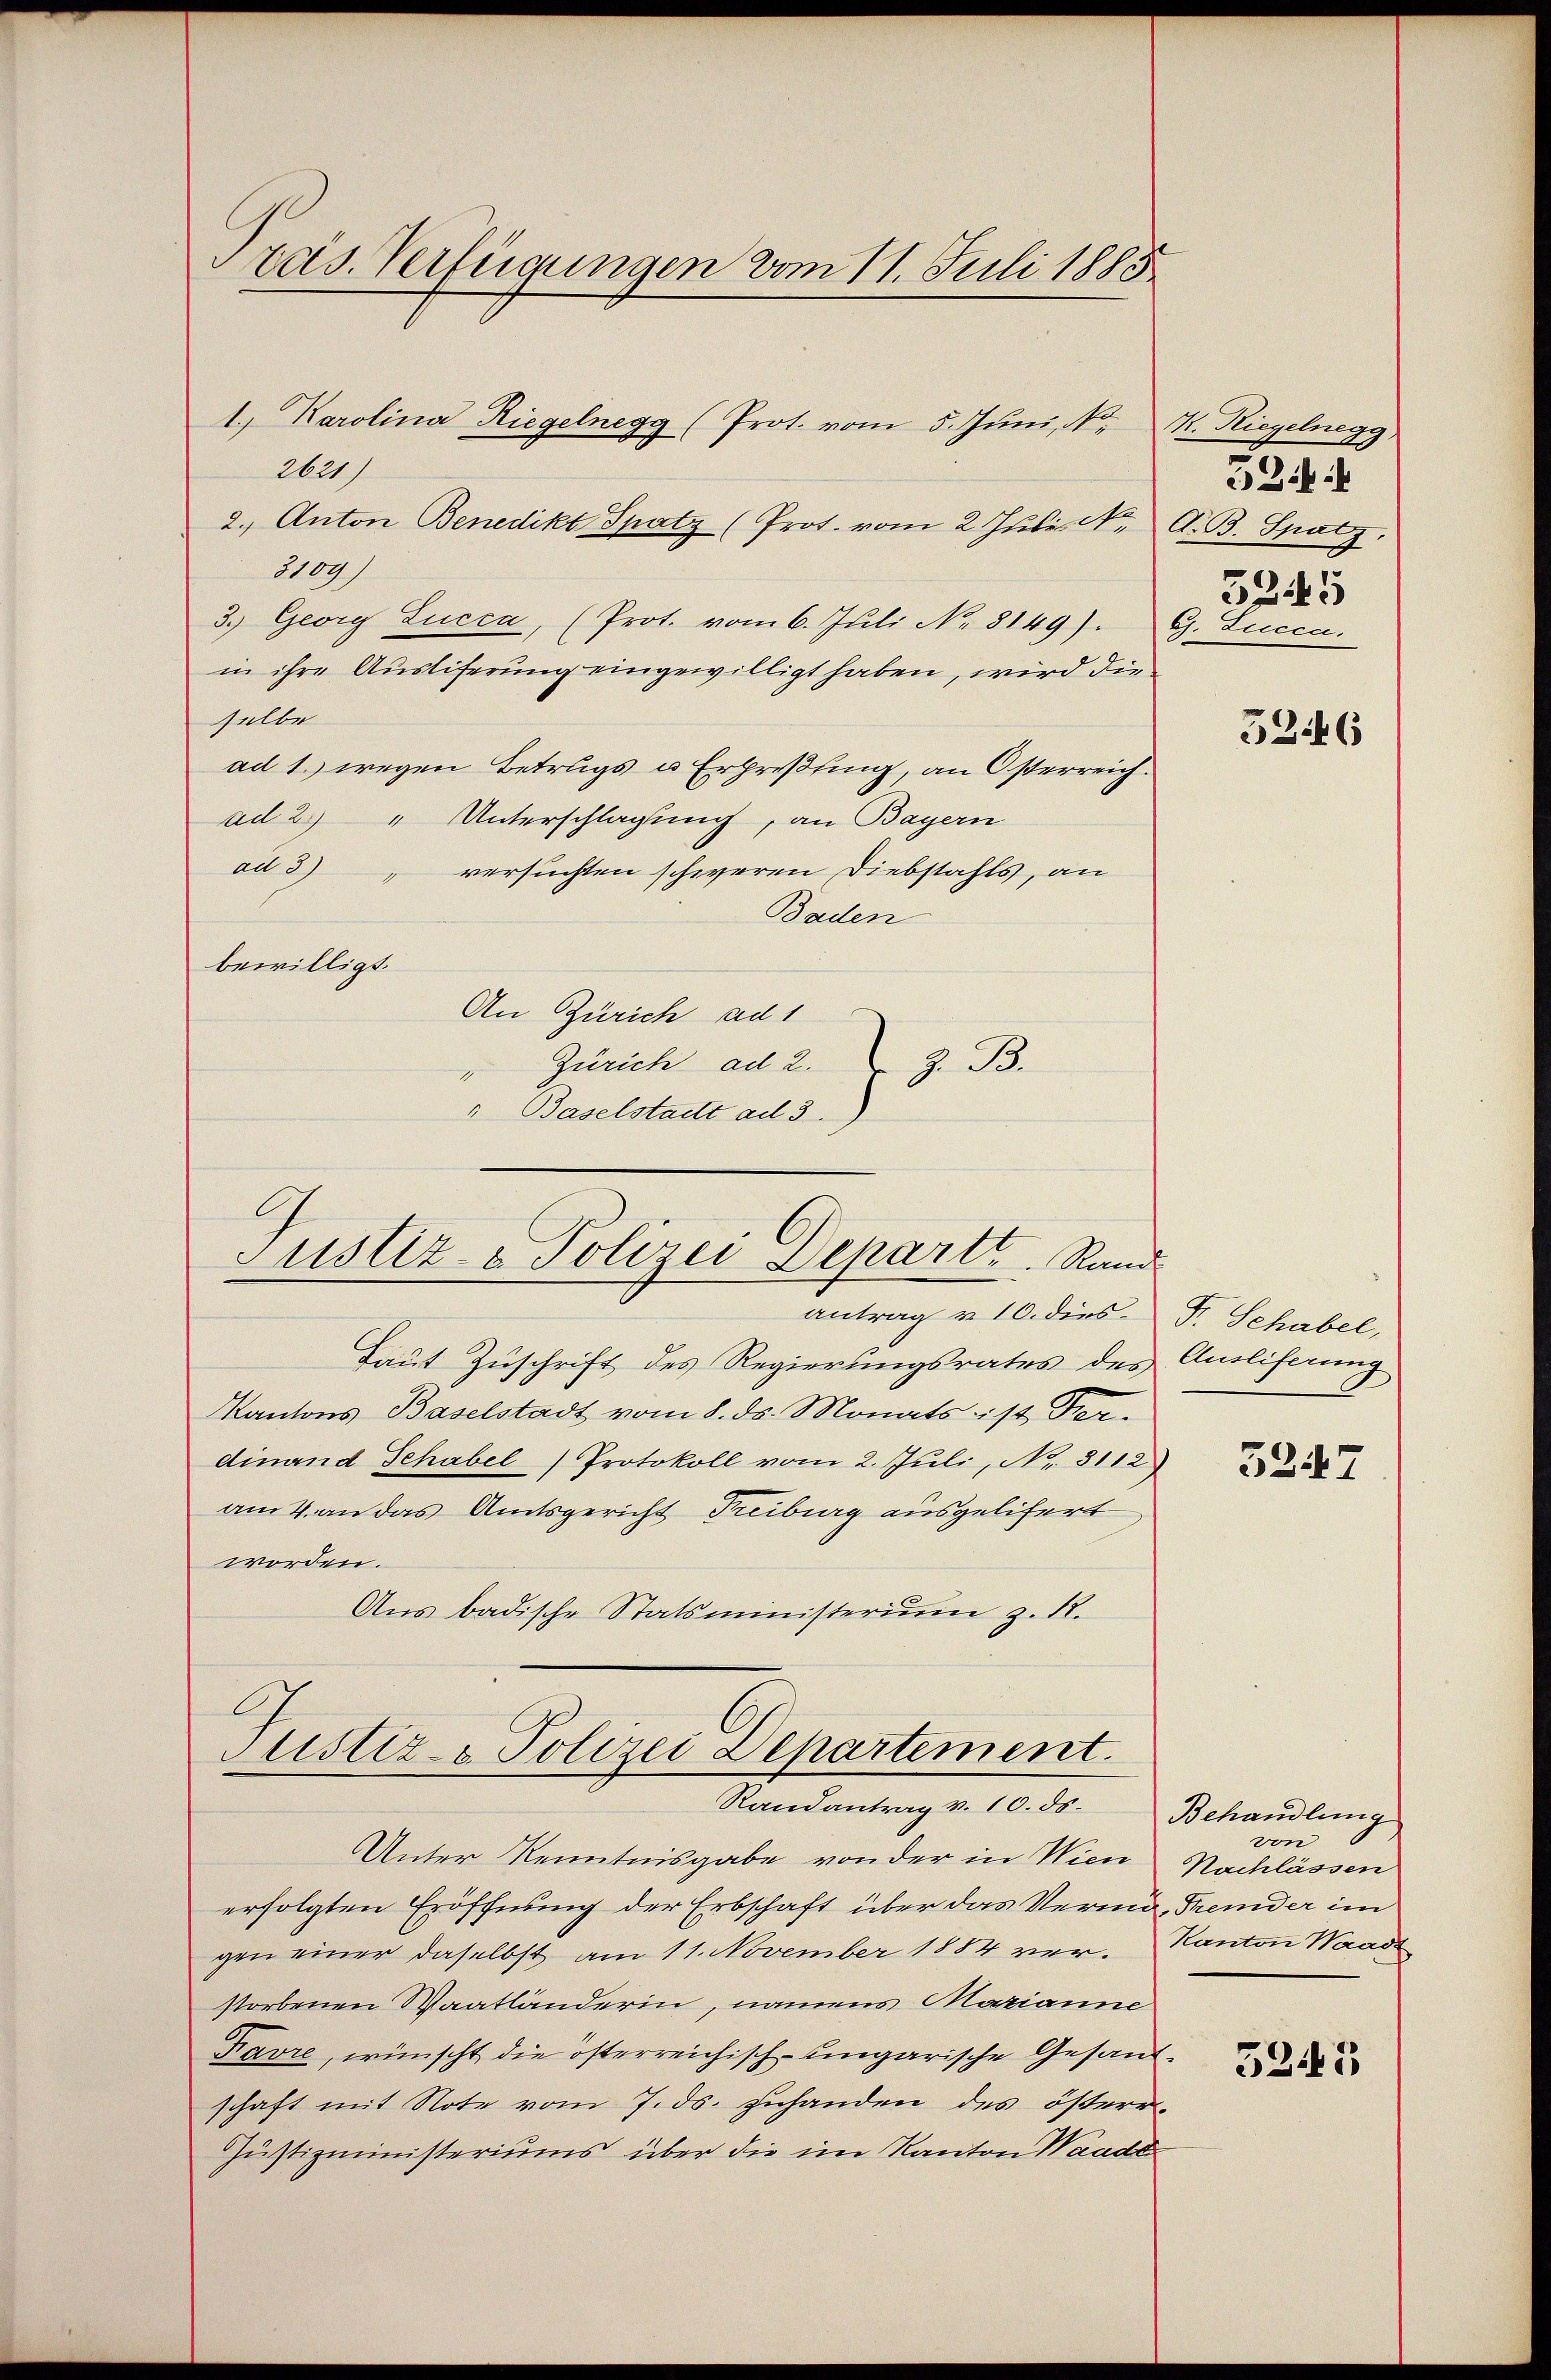
Präs. Verfügungen vom 11. Juli 1885

2621
2.) Anton Benedikt Spatz (Prot. vom 2. Juli K. A. B. Satz.
3109)
3.) Georg Lucca, (Prot. vom 6. Juli No 8149). G. Lucca.
in ihre Ausliferung eingewilligt haben, wird die
selbe
ad 1. wegen Betrugs u Erpreßung, an Osterreich.
ad 2.) " Unterschlagung, an Bayern
ad 3) versuchten schweren Diebstahls, an
Baden
bewilligt.
An Zürich ad 1
" Zürich ad 2. Z. B.
" Baselstadt ad 3.)

1) Karolina Riegelnegg (Prot. vom 5. Jŭni, N. N. Riegelnegg

Justiz- & Polizei Departe. Rand

Laut Zuschrift des Regierungsrates des Anliferung
Kantons Baselstadt vom 8. ds. Monats ist Ferdinand Schabel) Protokoll vom 2. Juli, No. 3112)
am 4. an das Amtsgericht Freiburg ausgelifert
worden.
Aus badische Statsministerium z. R.

Justiz- & Polizei Departement.
Randantrag v. 10. ds. Behandlung

antrag v. 10. dies Fr. Schabel,

Unter Kenntnisgabe von der in Wien
erfolgten Eröffnung der Erbschaft über das Verma, Fremder im
gen einer daselbst am 11. November 1884 ver- Kanton Waadt
storbenen Waatländerin, namens Marianne
Favre, wünscht die österreichisch-ungarische Gesandschaft mit Note vom 7. ds. zuhanden des österr
Justizministeriums über die im Kanton Waadt

524 f
5245

5246

3247

von
Nachlässen

5243